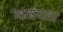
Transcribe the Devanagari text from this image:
यातायाता